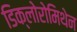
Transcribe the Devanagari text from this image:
डिक्लोरोमिथेन